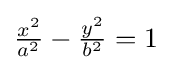
{\tfrac {x^{2}}{a^{2}}}-{\tfrac {y^{2}}{b^{2}}}=1\